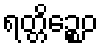
ရတ္တိဉ္စေဝ